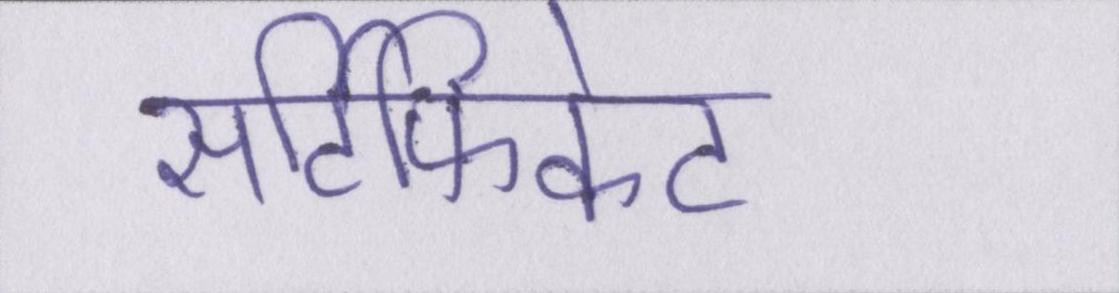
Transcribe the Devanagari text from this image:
सर्टिफिकेट